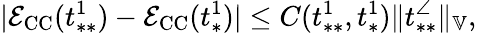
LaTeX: |\mathcal{E}_{\mathrm{CC}}(t_{**}^{1})-\mathcal{E}_{\mathrm{CC}}(t_{*}^{1})|\le C(t_{**}^{1},t_{*}^{1})\| t_{**}^{\angle}\| _{\mathbb{V}},